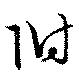
附